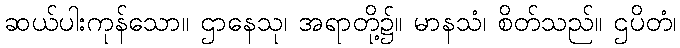
ဆယ်ပါးကုန်သော။ ဌာနေသု၊ အရာတို့၌။ မာနသံ၊ စိတ်သည်။ ဌပိတံ၊